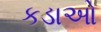
કડાઓ